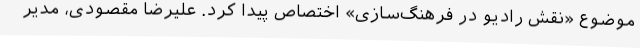
موضوع «نقش رادیو در فرهنگ‌سازی» اختصاص پیدا کرد. علیرضا مقصودی، مدیر